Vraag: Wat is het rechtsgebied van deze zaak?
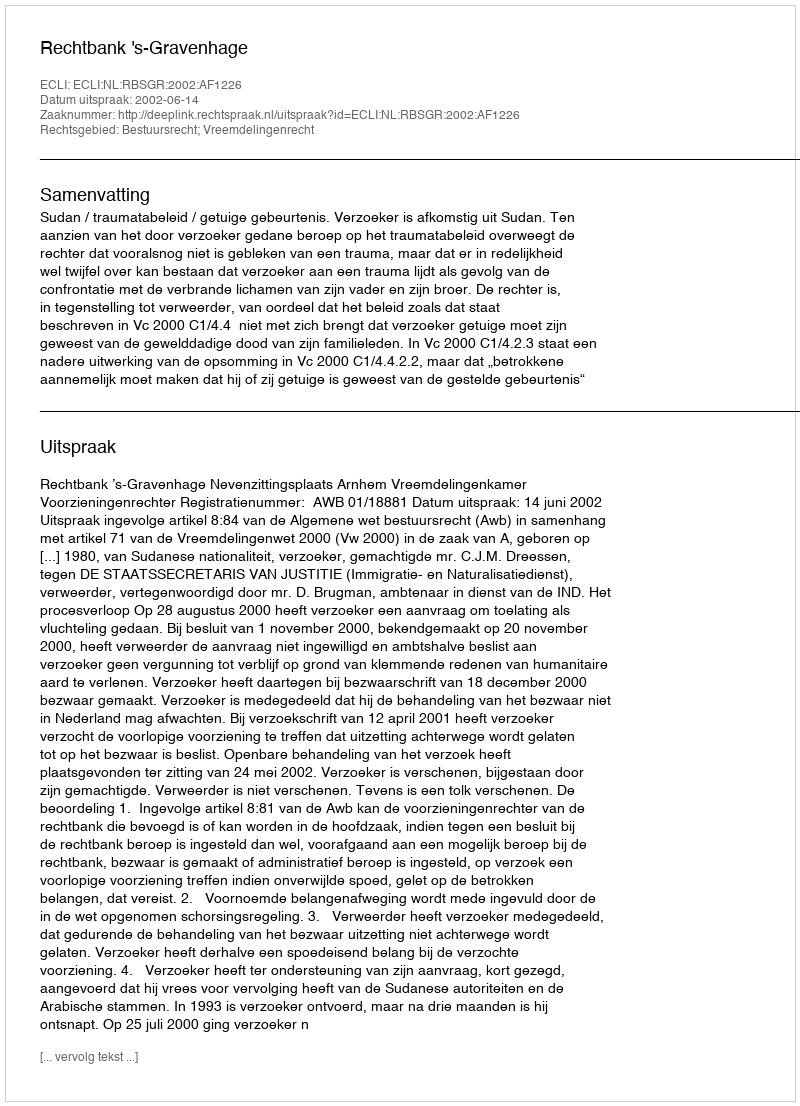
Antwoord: Bestuursrecht; Vreemdelingenrecht